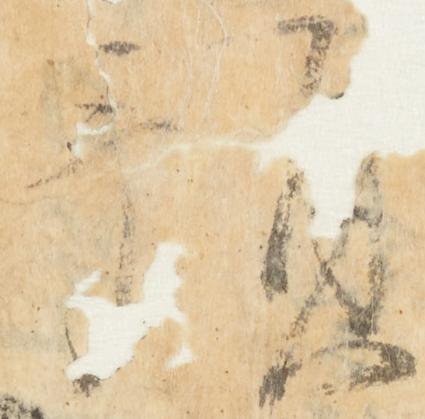
預